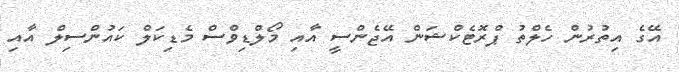
އޭގެ އިތުރުން ހެލްތު ޕްރޮޓެކްޝަން އޭޖެންސީ އާއި މޯލްޑިވްސް މެޑިކަލް ކައުންސިލް އާއި